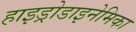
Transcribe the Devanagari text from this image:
हाइड्रोडाइनेमिका